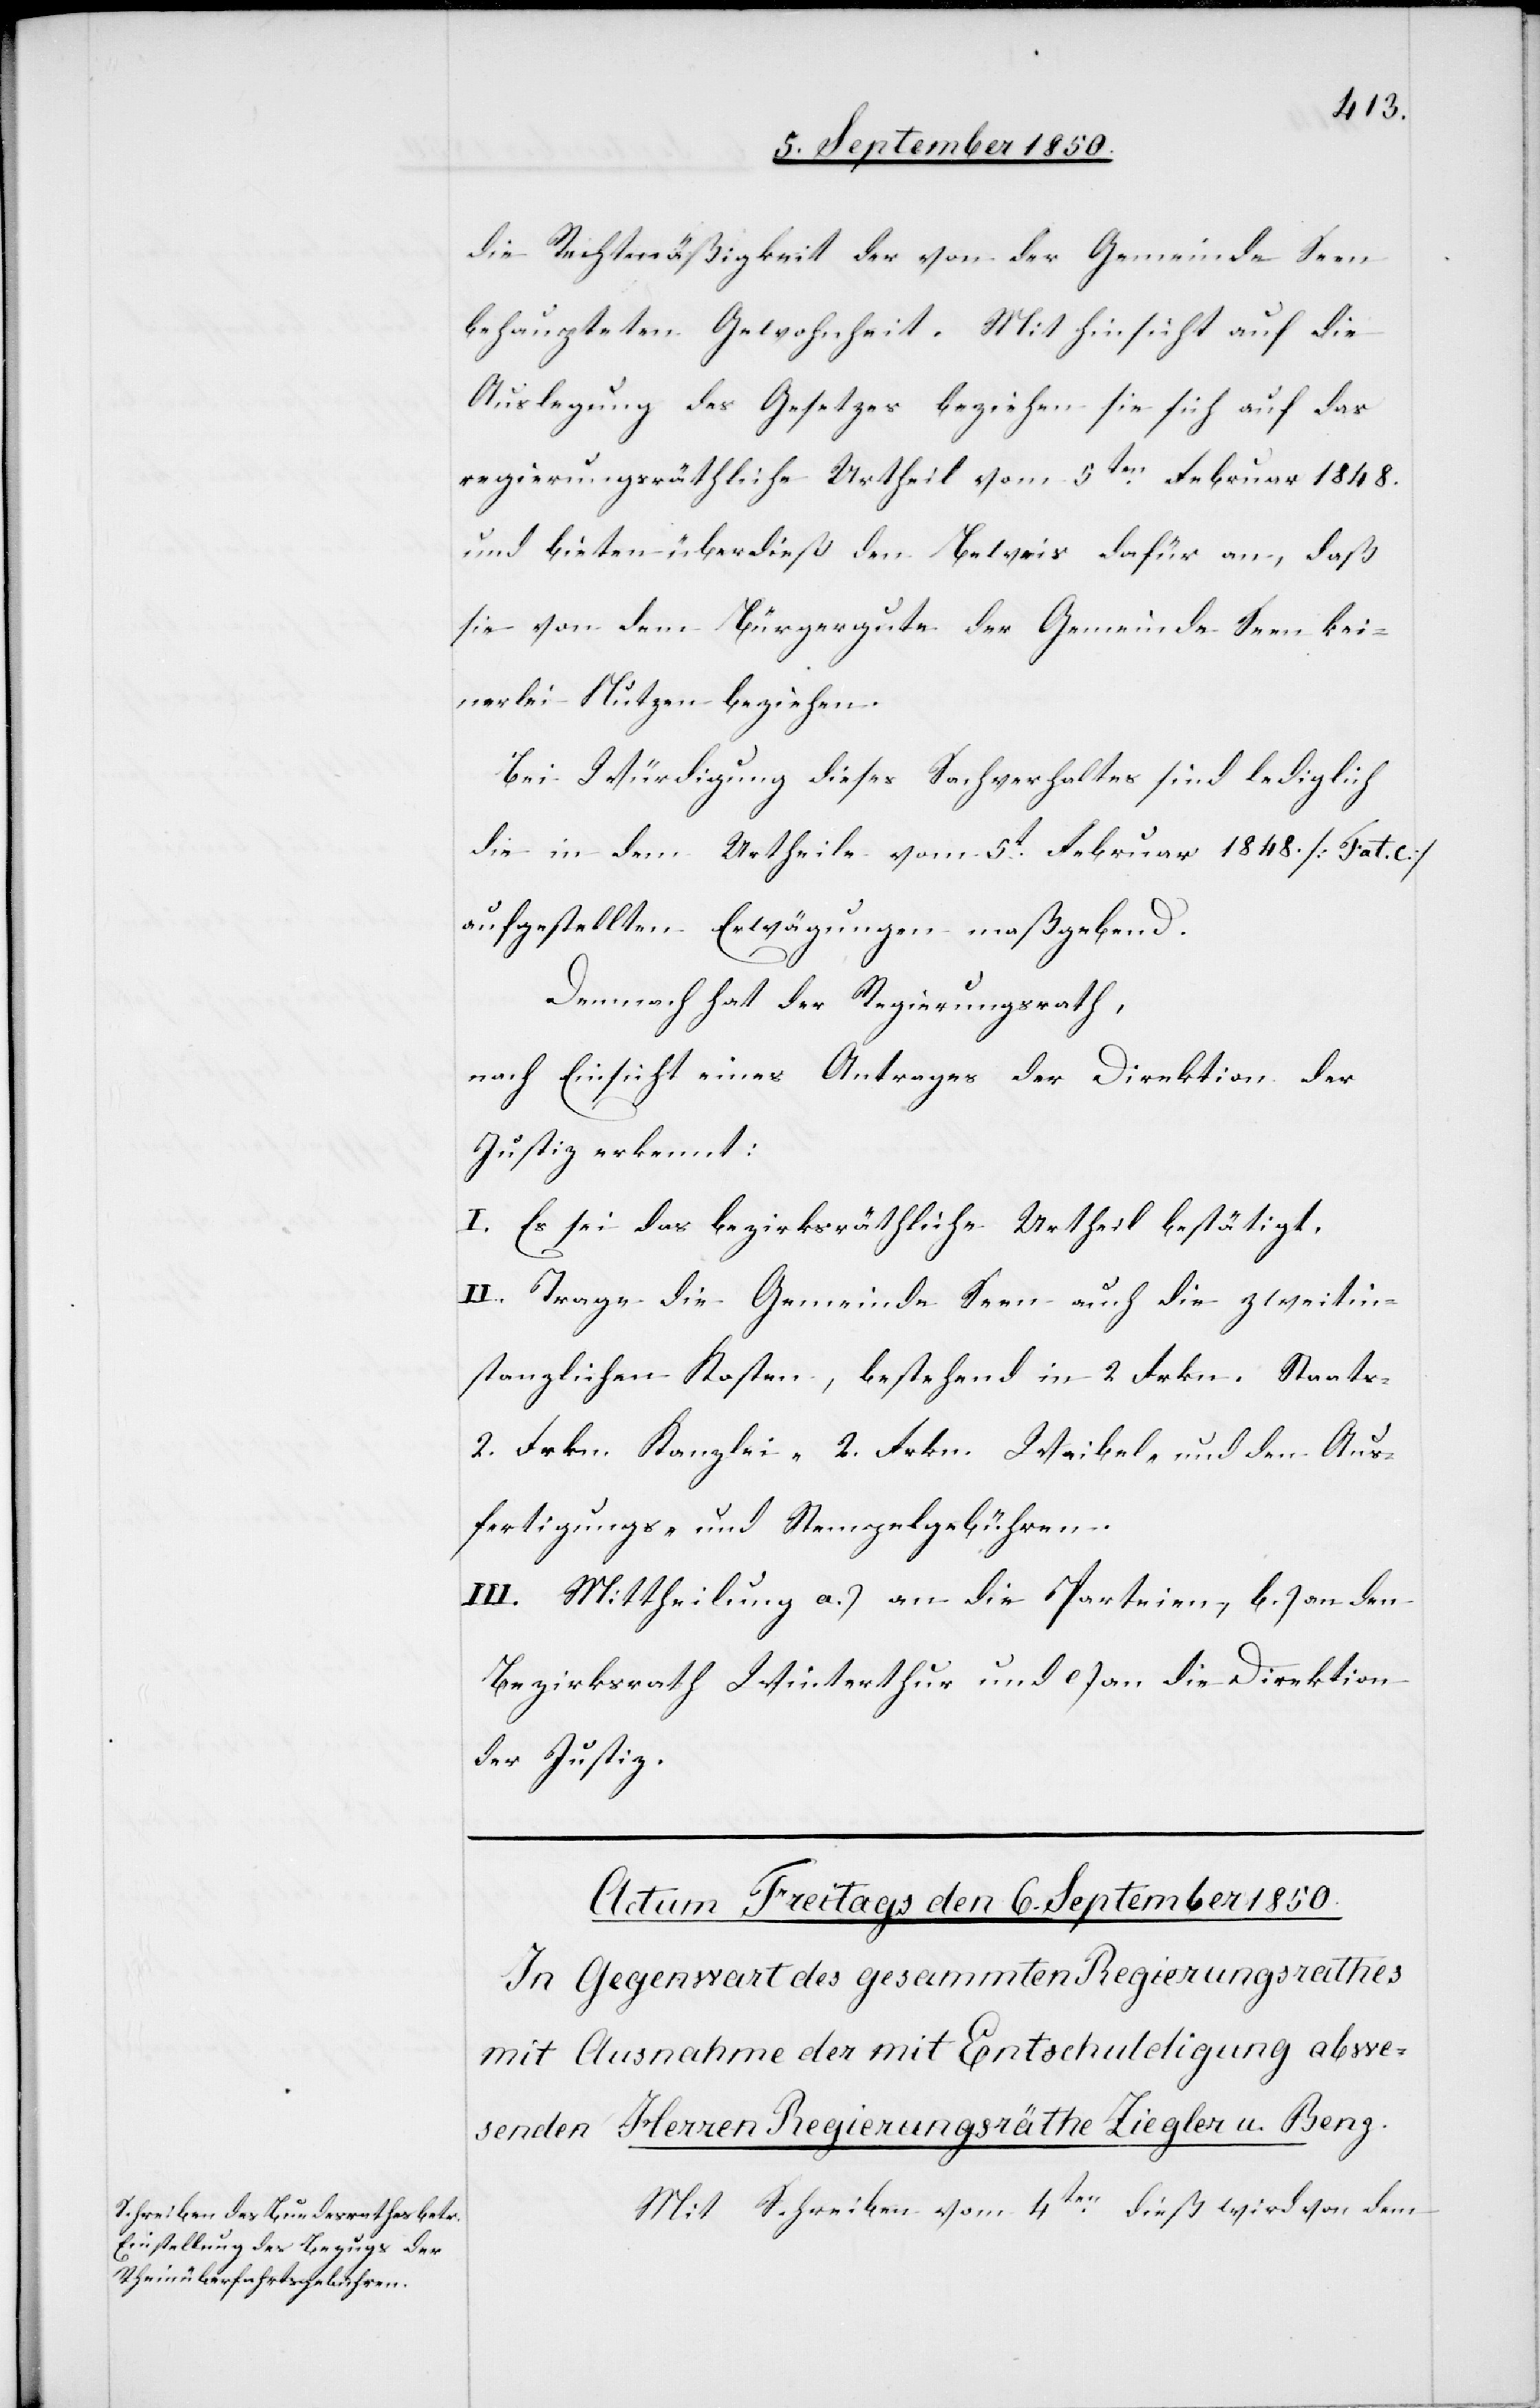
die Rechtmäßigkeit der von der Gemeinde Seen
behaupteten Gewohnheit. Mit Hinsicht auf die
Auslegung des Gesetzes beziehen sie sich auf das
regierungsräthliche Urtheil vom 5ten Februar 1848.
und bieten überdieß den Beweis dafür an, daß
sie von dem Bürgergute der Gemeinde Seen kei¬
nerlei Nutzen beziehen.
Bei Würdigung dieses Sachverhaltes sind lediglich
die in dem Urtheile vom 5t Februar 1848. [Fat. C.]
aufgestellten Erwägungen maßgebend.
Demnach hat der Regierungsrath,
nach Einsicht eines Antrages der Direktion der
Justiz erkennt:
I. Es sei das bezirksräthliche Urtheil bestätigt.
II. Trage die Gemeinde Seen auch die zweitin¬
stanzlichen Kosten, bestehend in 2. Frkn. Staats-[,]
2. Frkn. Kanzlei-[,] 2. Frkn. Waibel- und den Aus¬
fertigungs- und Stempelgebühren.
III. Mittheilung a.) an die Parteien, b.) an den
Bezirksrath Winterthur und c) an die Direktion
der Justiz.
Mit Schreiben vom 4ten dieß wird von dem